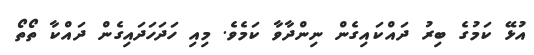
އުޅޭ ކަމުގެ ބިރު ދައްކައިގެން ނިންދާވާ ކަމެވެ. މިއި ހަދަހަދައިގެން ދައްކާ ތޯތޯ